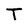
Character: T